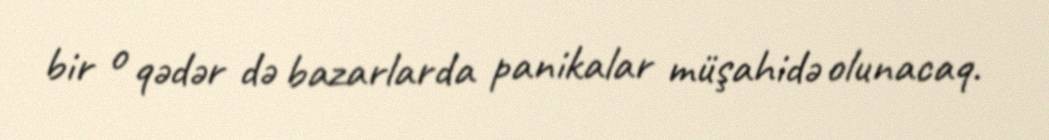
bir o qədər də bazarlarda panikalar müşahidə olunacaq.